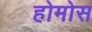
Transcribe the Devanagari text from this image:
होमोस